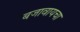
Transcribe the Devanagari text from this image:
बजावायचा